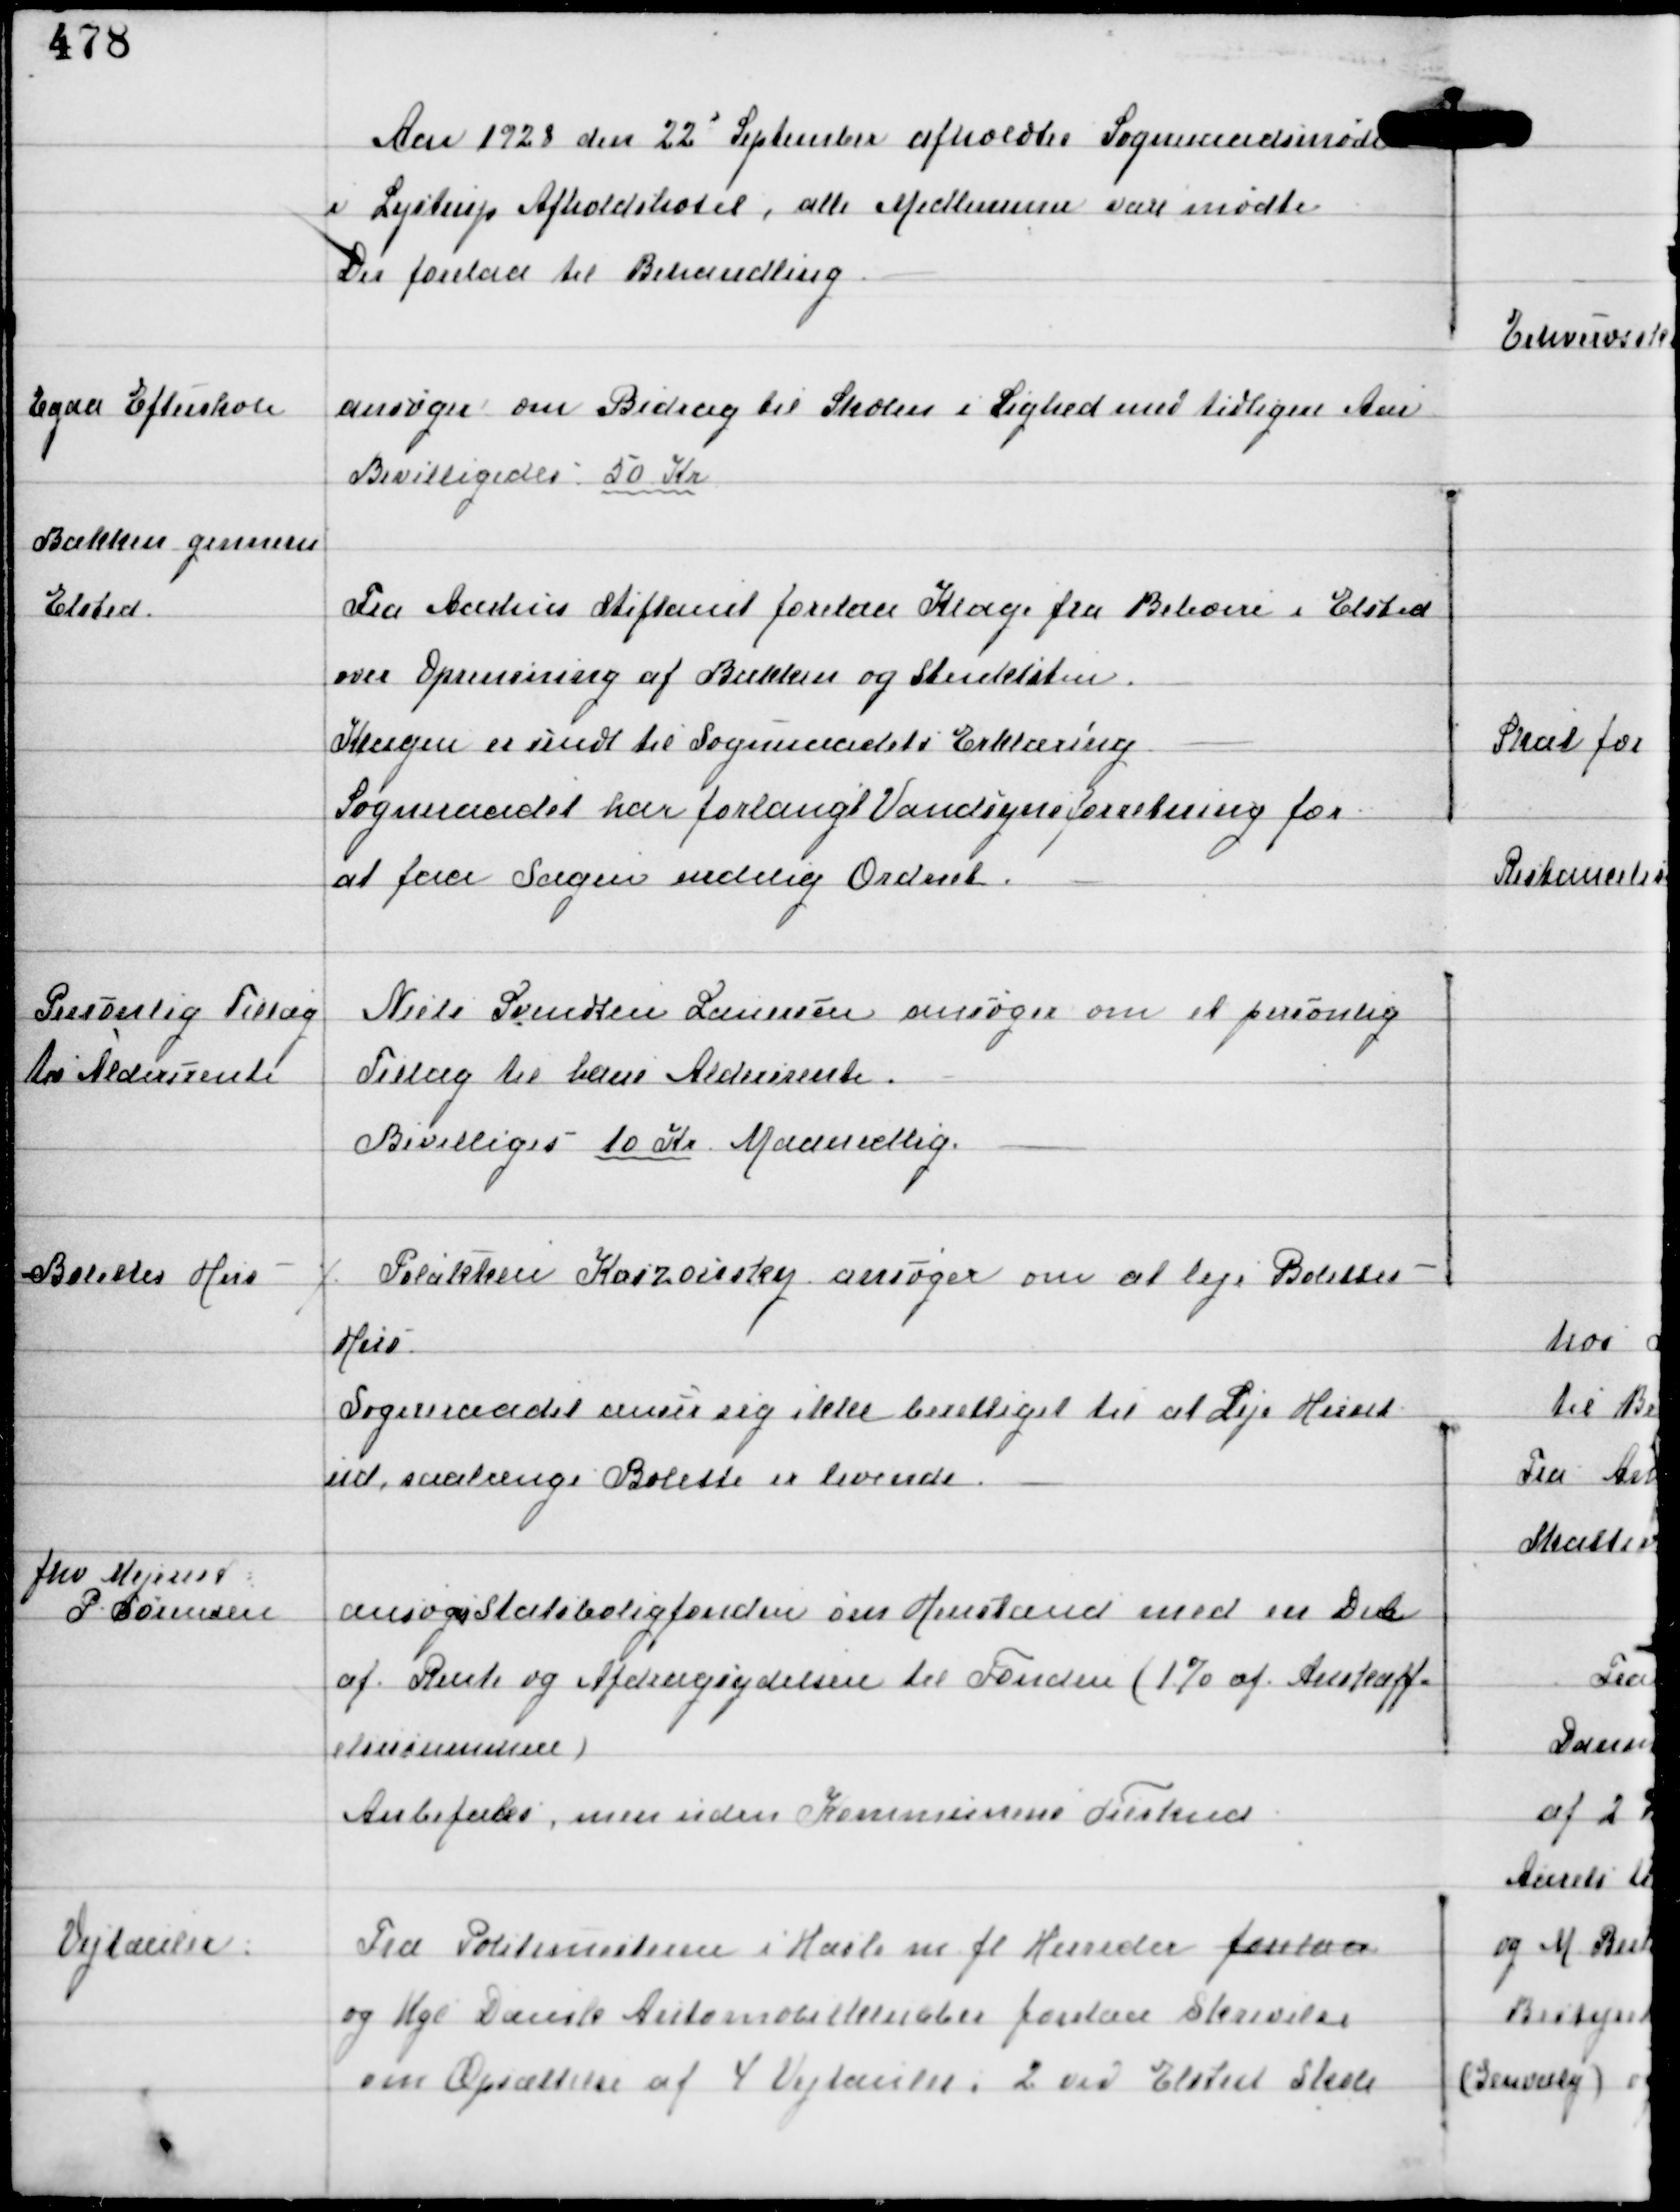
Transskription:
Aar 1928 den 22d September afholdtes Sogneraadsmøde
i Lystrup Afholdshotel, alle Medlemmer vare mødte.
Der forelaa til Behandling

Egaa Efterskole

ansøger om Bidrag til Skolen i Lighed med tidligere Aar
Bevilligedes 50 Kr

Bækken gennem
Elsted.

Fra Aarhus Stiftamt forelaa Klage fra Beboere i Elsted
over Oprensningen af Bækken og Stenkisten
Klagen er sendt til Sogneraadets Erklæring
Sogneraadet har forlangt Vandsynsforretning for
at faa Sagen endelig Ordnet.

Personlig Tillæg
til Aldersrente

Niels Svendsen Laursen ansøger om et personlig
Tillæg til hans Aldersrente.
Bevilliges 10 Kr Maanedlig

Bolettes Hus

⁒ Polakken Kaizousky ansøger om at leje Bolettes
Hus
Sogneraadet anser sig ikke berettiget til at Leje Huset
ud, saalænge Bolette er levende

fhv Mejerist
P Sørensen

ansøger Statsboligfonden om Henstand med en Del
af Rente og Afdragsydelsen til Fonden (1% af Anskaff-
elsessummen)
Anbefales, men uden Kommunens Tilskud

Vejtauler:

Fra Politimesteren i Hasle m fl Herreder forelaa
og Kgl Danske Automobilklubber forelaa Skrivelse
om Opsættelse af 4 Vejtauler, 2 ved Elsted Skole